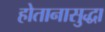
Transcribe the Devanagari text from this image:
होतानासुद्धा